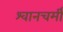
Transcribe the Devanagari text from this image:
श्वानचर्मी